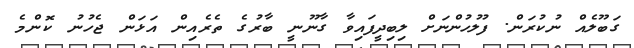
ގަބޫލެއް ނުކުރަން. ފުލުހުންނަށް ލިބިދީފައިވާ ގާނޫނީ ބާރުގެ ތެރެއިން އަޅަން ޖެހުނު ކޮންމެ